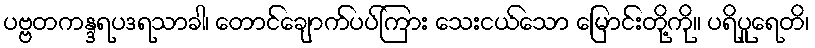
ပဗ္ဗတကန္ဒရပဒရသာခါ၊ တောင်ချောက်ပပ်ကြား သေးငယ်သော မြောင်းတို့ကို။ ပရိပူရေတိ၊